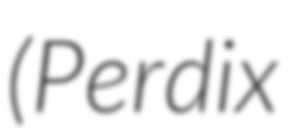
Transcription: (Perdix